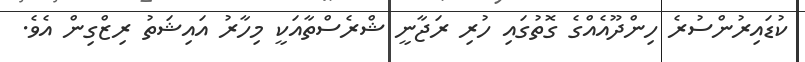
ކުޑައިރުންސުރެ ހިންދޫއެއްގެ ގޮތުގައި ހުރި ރަޖާނީ ޝްރެސްތާއަކީ މިހާރު އައިޝަތު ރިޒްގިން އެވެ.